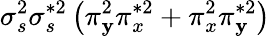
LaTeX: \sigma_{s}^{2}\sigma_{s}^{*2}\left(\pi_{\mathbf{y}}^{2}\pi_{x}^{*2}+\pi_{x}^{2}\pi_{\mathbf{y}}^{*2}\right)